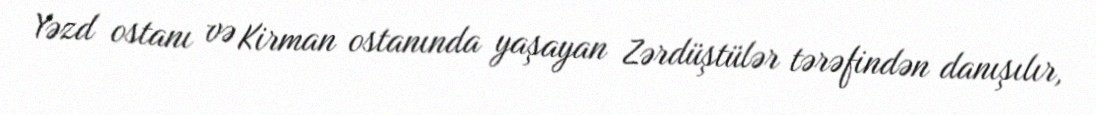
Yəzd ostanı və Kirman ostanında yaşayan Zərdüştülər tərəfindən danışılır,